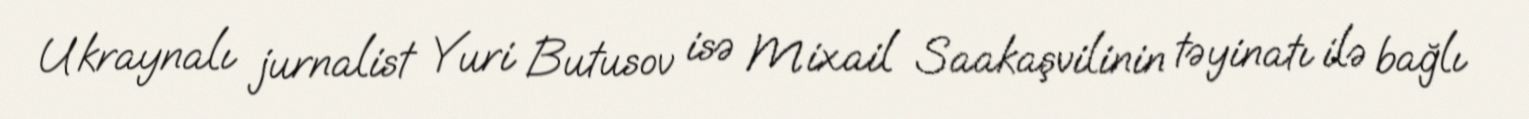
Ukraynalı jurnalist Yuri Butusov isə Mixail Saakaşvilinin təyinatı ilə bağlı